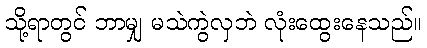
သို့ရာတွင် ဘာမျှ မသဲကွဲလှဘဲ လုံးထွေးနေသည်။